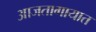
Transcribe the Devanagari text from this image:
आजतागायात